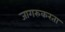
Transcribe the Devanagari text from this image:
जागरुकरता